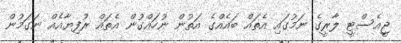
ޖީއެސްޓީ ލާރީގެ ނަމުގައި އެތައް ބައެއްގެ އަތުން ނުހައްގުން އެތައް ރުފިޔާއެއް ނަގަމުން